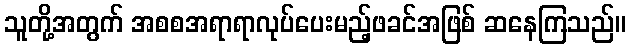
သူတို့အတွက် အစစအရာရာလုပ်ပေးမည့်ဖခင်အဖြစ် ဆနေကြသည်။